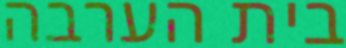
בית הערבה